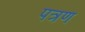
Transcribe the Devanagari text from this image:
पत्रण